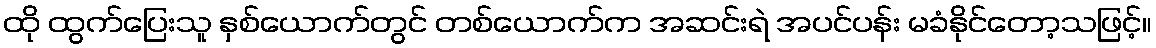
ထို ထွက်ပြေးသူ နှစ်ယောက်တွင် တစ်ယောက်က အဆင်းရဲ အပင်ပန်း မခံနိုင်တော့သဖြင့်။